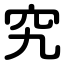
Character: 究